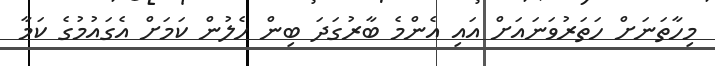
މިހާތަނަށް ހަތަރުވަނައަށް އައި އެންމެ ބާރުގަދަ ބިން ހެލުން ކަމަށް އެގައުމުގެ ކަމާ